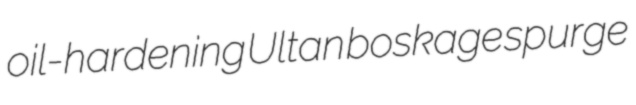
oil-hardening Ultan boskage spurge